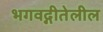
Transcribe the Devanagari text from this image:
भगवद्गीतेलील